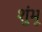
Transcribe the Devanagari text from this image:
शुंभू